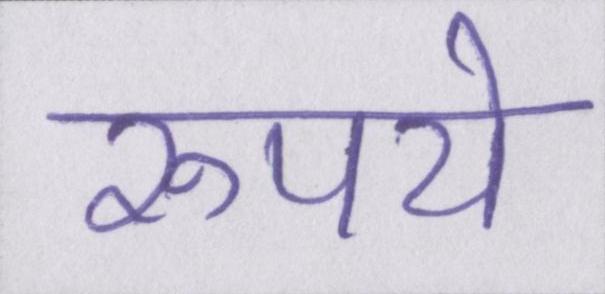
रुपये